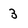
Character: 3